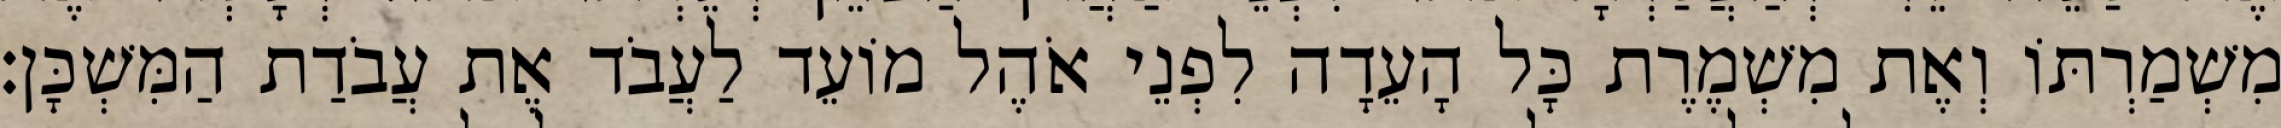
מִשְׁמַרְתּוֹ וְאֶת מִשְׁמֶרֶת כָּל הָעֵדָה לִפְנֵי אֹהֶל מוֹעֵד לַעֲבֹד אֶת עֲבֹדַת הַמִּשְׁכָּן׃